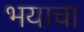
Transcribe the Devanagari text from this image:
भयाचा